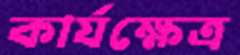
কার্যক্ষেত্র